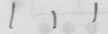
1 1 1